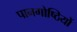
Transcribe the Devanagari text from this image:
पानगोष्ठियों